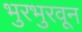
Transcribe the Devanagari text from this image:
भुरभुरवून